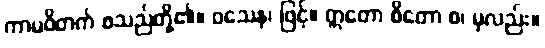
ကာမဝိတက် စသည်တို့၏။ ဝသေန၊ ဖြင့်။ ဣတော စိတော စ၊ မှလည်း။